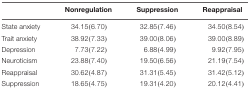
<table><thead><tr><td></td><td><b>Nonregulation</b></td><td><b>Suppression</b></td><td><b>Reappraisal</b></td></tr></thead><tbody><tr><td>State anxiety</td><td>34.15(6.70)</td><td>32.85(7.46)</td><td>34.50(8.54)</td></tr><tr><td>Trait anxiety</td><td>38.92(7.33)</td><td>39.00(8.06)</td><td>39.00(8.89)</td></tr><tr><td>Depression</td><td>7.73(7.22)</td><td>6.88(4.99)</td><td>9.92(7.95)</td></tr><tr><td>Neuroticism</td><td>23.88(7.40)</td><td>19.50(6.56)</td><td>21.19(7.54)</td></tr><tr><td>Reappraisal</td><td>30.62(4.87)</td><td>31.31(5.45)</td><td>31.42(5.12)</td></tr><tr><td>Suppression</td><td>18.65(4.75)</td><td>19.31(4.20)</td><td>20.12(4.41)</td></tr></tbody></table>